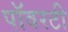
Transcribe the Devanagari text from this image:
पॉवरटी